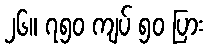
၂၆။ ၇၅၀ ကျပ် ၅၀ ပြား